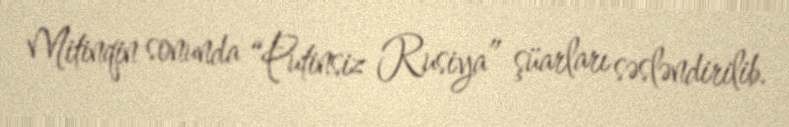
Mitinqin sonunda “Putinsiz Rusiya” şüarları səsləndirilib.